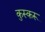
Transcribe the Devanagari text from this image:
कुस्करू